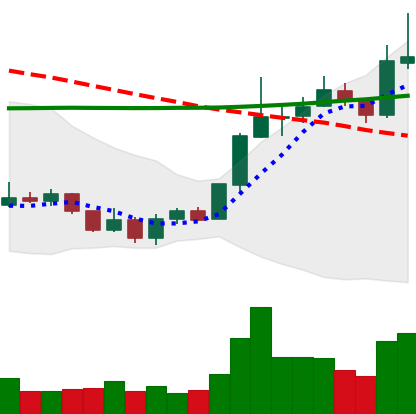
Ticker: LINK-USD
Chart end date: 2020-01-15
Forward return: 12.155%
Label: up_7plus